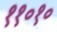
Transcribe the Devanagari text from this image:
११०१०